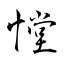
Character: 憆